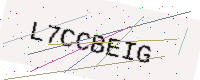
Text: L7CCBEIG